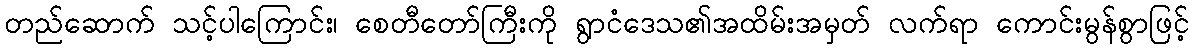
တည်ဆောက် သင့်ပါကြောင်း၊ စေတီတော်ကြီးကို ရွာငံဒေသ၏အထိမ်းအမှတ် လက်ရာ ကောင်းမွန်စွာဖြင့်